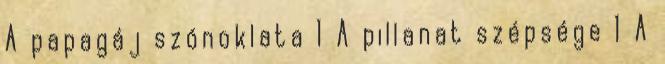
A papagáj szónoklata 1 A pillanat szépsége 1 A